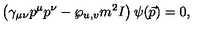
\left( \gamma _ { \mu \nu } p ^ { \mu } p ^ { \nu } - { \wp _ { u , v } } m ^ { 2 } I \right) \psi ( \vec { p } ) = 0 ,